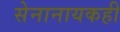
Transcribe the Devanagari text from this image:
सेनानायकही